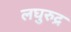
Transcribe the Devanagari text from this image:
लघुरुद्र